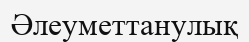
Әлеуметтанулық